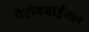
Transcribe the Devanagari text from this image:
पैरोक्जाईमल